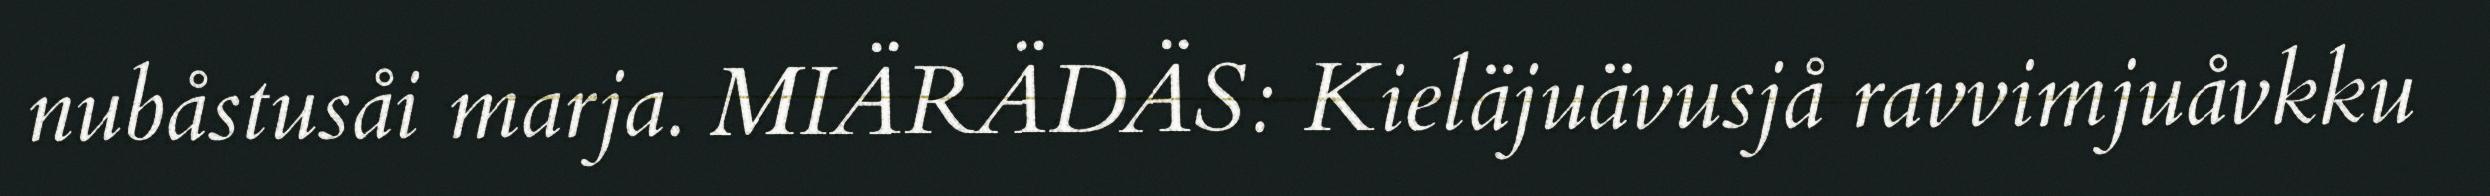
nubåstusåi marja. MIÄRÄDÄS: Kieläjuävusjå ravvimjuåvkku